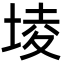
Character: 堎